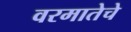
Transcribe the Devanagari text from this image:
वरमातेचे